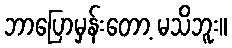
ဘာပြောမှန်းတော့ မသိဘူး။